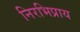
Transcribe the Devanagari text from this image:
निरभिप्राय